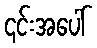
၎င်းအပေါ်